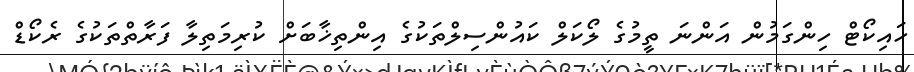
ހައިކޯޓް ހިންގަމުން އަންނަ ތީމުގެ ލޯކަލް ކައުންސިލްތަކުގެ އިންތިޚާބަށް ކުރިމަތިލާ ފަރާތްތަކުގެ ރެކޯޑް